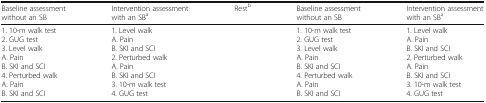
| Baseline assessment without an SB | Intervention assessment with an SBa | Restb | Baseline assessment without an SB | Intervention assessment with an SBa |
 | --- | --- | --- | --- | --- |
 | 1. 10-m walk test2. GUG test3. Level walkA. PainB. SKI and SCI4. Perturbed walkA. PainB. SKI and SCI | 1. Level walkA. PainB. SKI and SCI2. Perturbed walkA. PainB. SKI and SCI3. 10-m walk test4. GUG test |  | 1. 10-m walk test2. GUG test3. Level walkA. PainB. SKI and SCI4. Perturbed walkA. PainB. SKI and SCI | 1. Level walkA. PainB. SKI and SCI2. Perturbed walkA. PainB. SKI and SCI3. 10-m walk test4. GUG test |